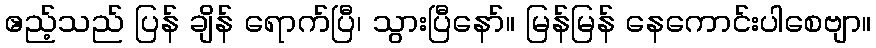
ဧည့်သည် ပြန် ချိန် ရောက်ပြီ၊ သွားပြီနော်။ မြန်မြန် နေကောင်းပါစေဗျာ။